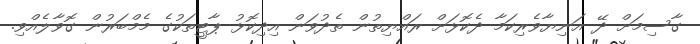
ގާސިމަށް ދޭ އަނިޔާވެރިކަމާ ދެކޮޅަށް ރައްޔިތުން ތެދުވަން އިދިކޮޅު ޕާޓީތަކުގެ މެމްބަރުން ގޮވާލެއްވި.